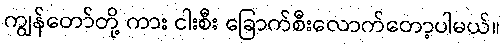
ကျွန်တော်တို့ ကား ငါးစီး ခြောက်စီးလောက်တော့ပါမယ်။